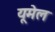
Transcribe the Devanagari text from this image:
यूमेल